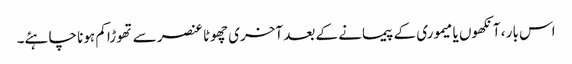
اس بار ، آنکھوں یا میموری کے پیمانے کے بعد آخری چھوٹا عنصر سے تھوڑا کم ہونا چاہئے۔